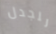
للجدل